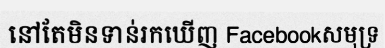
នៅតែមិនទាន់រកឃើញ Facebookសមុទ្រ